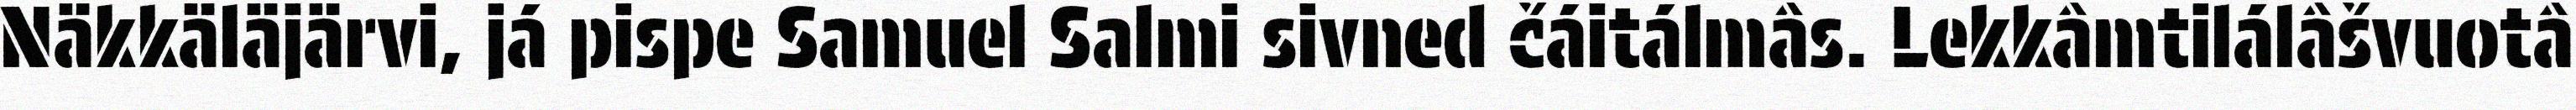
Näkkäläjärvi, já pispe Samuel Salmi sivned čáitálmâs. Lekkâmtilálâšvuotâ